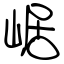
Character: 崌